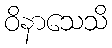
ဝိနာသေသိ